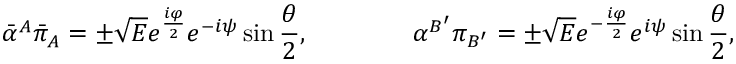
{ \bar { \alpha } } ^ { A } { \bar { \pi } } _ { A } = \pm { \sqrt E } e ^ { { \frac { i \varphi } { 2 } } } e ^ { - i \psi } \sin { \frac { \theta } { 2 } } , \qquad \qquad \alpha ^ { B ^ { \prime } } \pi _ { B ^ { \prime } } = \pm { \sqrt E } e ^ { - { \frac { i \varphi } { 2 } } } e ^ { i \psi } \sin { \frac { \theta } { 2 } } ,